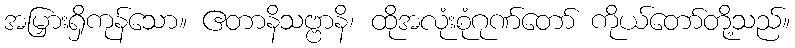
အမြှားရှိကုန်သော။ ဧတာနိသဗ္ဗာနိ၊ ထိုအလုံးစုံဂုဏ်တော် ကိုယ်တော်တို့သည်။